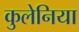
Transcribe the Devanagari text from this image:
कुलेनिया